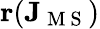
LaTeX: \mathbf{r}(\mathbf{J}_{\mathrm{~M~S~}})